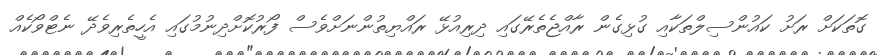
ގޮތަކަށް ރަށު ކައުންސިލްތަކާއި ގުޅިގެން ރާއްޖެތެރޭގައި ދިރިއުޅޭ ރައްޔިތުންނަށްވެސް ފޯރުކޮށްދިނުމުގައި އެހީތެރިވެދޭ ނެޓްވޯކެއް